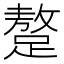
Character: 𨅚